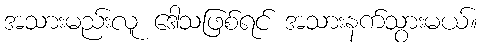
အသားမည်းလူ ဒေါသဖြစ်ရင် အသားနက်သွားမယ်။